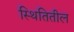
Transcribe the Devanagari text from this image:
स्थितितील